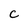
Character: C